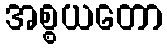
အစ္စယတော